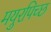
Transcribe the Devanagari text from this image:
मयुरपिच्छ